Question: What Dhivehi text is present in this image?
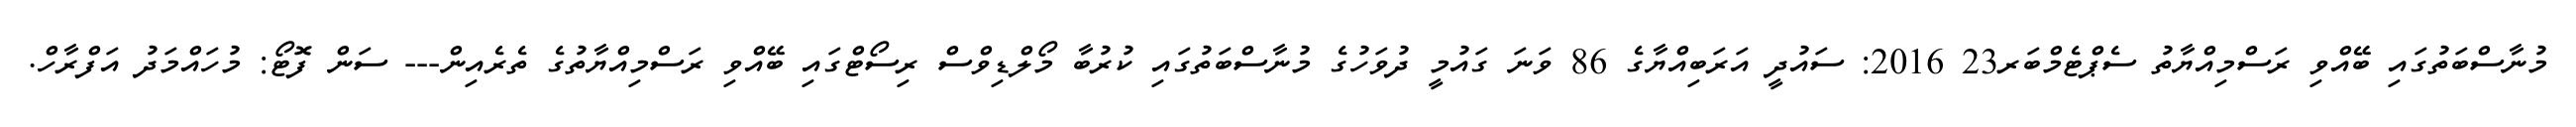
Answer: މުނާސްބަތުގައި ބޭއްވި ރަސްމިއްޔާތު ސެޕްޓެމްބަރ23 2016: ސައުދީ އަރަބިއްޔާގެ 86 ވަނަ ގައުމީ ދުވަހުގެ މުނާސްބަތުގައި ކުރުބާ މޯލްޑިވްސް ރިސޯޓްގައި ބޭއްވި ރަސްމިއްޔާތުގެ ތެރެއިން--- ސަން ފޮޓޯ: މުހައްމަދު އަފްރާހް.